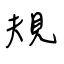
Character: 規